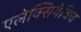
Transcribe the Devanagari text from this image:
एलेक्सियेविच